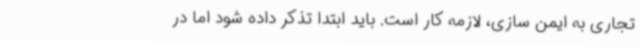
تجاری به ایمن سازی، لازمه کار است. باید ابتدا تذکر داده شود اما در